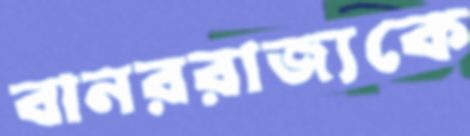
বানররাজ্যকে